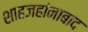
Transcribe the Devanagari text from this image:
शाहजहांनाबाद